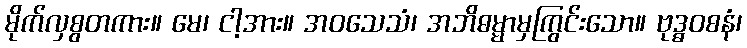
မိုက်လှစွတကား။ မေ၊ ငါ့အား။ အဝသေသံ၊ အဘိဓမ္မာမှကြွင်းသော။ ဗုဒ္ဓဝစနံ၊